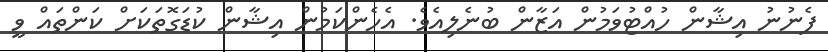
ފެނުނު އިޝާން ހުއްޓުވަމުން އަޒާން ބުނެލިއެވެ. އެހެންކަމުން އިޝާން ކުޑަގޮތަކަށް ކަންތައް ވީ